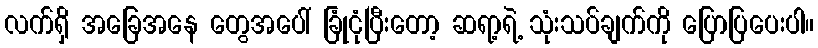
လက်ရှိ အခြေအနေ တွေအပေါ် ခြုံငုံပြီးတော့ ဆရာ့ရဲ့ သုံးသပ်ချက်ကို ပြောပြပေးပါ။